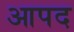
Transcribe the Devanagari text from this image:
आपद